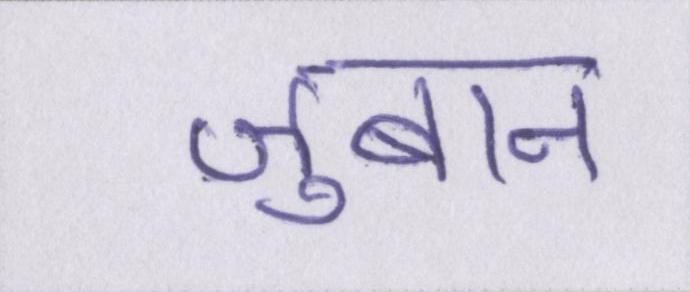
ज़ुबान